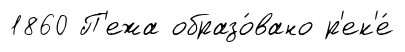
1860 П'ежа образо́вано р'ек'е́